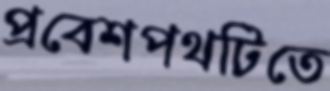
প্রবেশপথটিতে